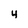
Character: 4